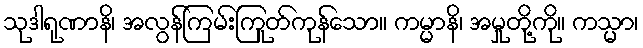
သုဒါရုဏာနိ၊ အလွန်ကြမ်းကြုတ်ကုန်သော။ ကမ္မာနိ၊ အမှုတို့ကို။ ကသ္မာ၊